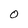
Character: O